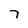
Character: 7